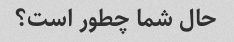
حال شما چطور است؟